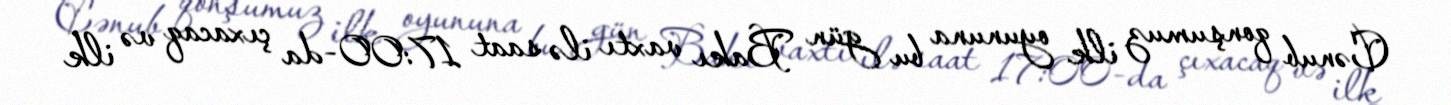
Cənub qonşumuz ilk oyununa bu gün Bakı vaxtı ilə saat 17:00-da çıxacaq və ilk